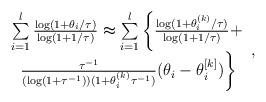
LaTeX: \begin{align*} \begin{array}{c}\sum \limits_{i=1}^l \frac{\log(1+ \theta_i/\tau)}{\log(1+1/\tau)}\thickapprox \sum \limits_{i=1}^l \left\{\frac{\log(1+ \theta^{(k)}_i/\tau)}{\log(1+1/\tau)}+ \right. \\\left.\frac{\tau^{-1}}{(\log(1+\tau^{{-1}}))(1+\theta^{(k)}_i\tau^{{-1}})}(\theta_i-\theta^{[k]}_i) \right\}\end{array},\end{align*}